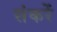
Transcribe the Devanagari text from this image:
संकरें